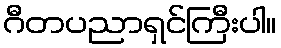
ဂီတပညာရှင်ကြီးပါ။